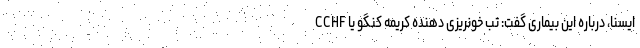
ایسنا، درباره این بیماری گفت: تب خونریزی دهنده کریمه کنگو یا CCHF